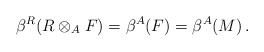
\begin{align*}\beta^R(R\otimes_AF) = \beta^A(F) = \beta^A(M)\,.\end{align*}